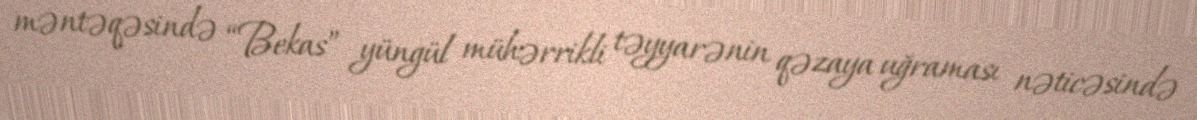
məntəqəsində “Bekas” yüngül mühərrikli təyyarənin qəzaya uğraması nəticəsində